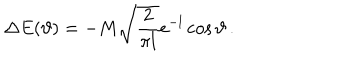
\Delta E ( \vartheta ) = - M \sqrt { \frac { 2 } { \pi l } } e ^ { - l } \cos \vartheta \, .